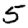
Digit: 5